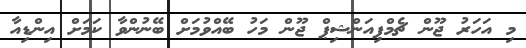
މި އަހަރު ޖޫން ޗެމްޕިއަންޝިޕް ޖޫން މަހު ބޭއްވުމަށް ބޭނުންވާ ކަމަށް އިންޑިއާ